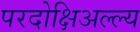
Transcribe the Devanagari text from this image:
परदोक्षिअल्ल्य